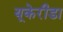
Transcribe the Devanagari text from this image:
यूकेरीडा